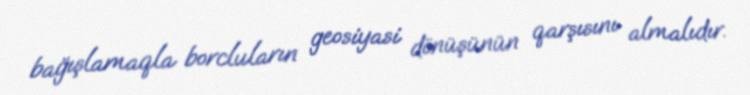
bağışlamaqla borcluların geosiyasi dönüşünün qarşısını almalıdır.